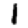
Digit: 1